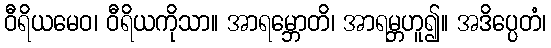
ဝီရိယမေဝ၊ ဝီရိယကိုသာ။ အာရမ္ဘောတိ၊ အာရမ္ဘဟူ၍။ အဒိပ္ပေတံ၊